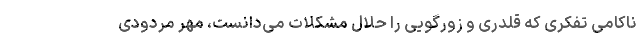
ناکامیِ تفکری که قلدری و زورگویی را حلال مشکلات می‌دانست، مهر مردودی